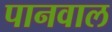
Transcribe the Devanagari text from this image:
पानवाल